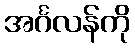
အင်္ဂလန်ကို